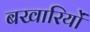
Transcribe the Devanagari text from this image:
बखारियों